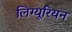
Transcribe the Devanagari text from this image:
लिग्यूरियन